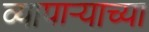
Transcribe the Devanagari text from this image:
व्यापार्‍याच्या